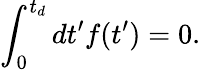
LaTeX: \int_{0}^{t_{d}}dt^{\prime}f(t^{\prime})=0.